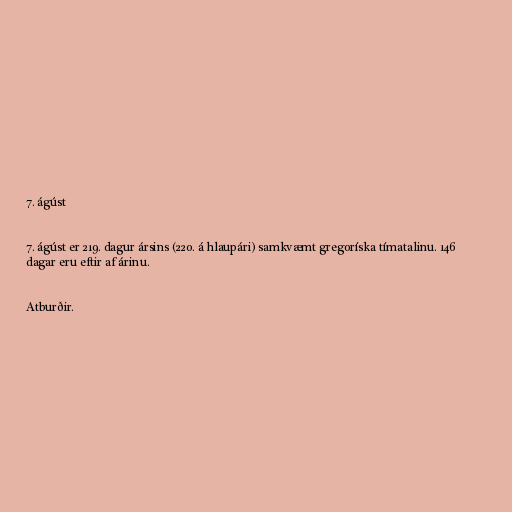
7. ágúst

7. ágúst er 219. dagur ársins (220. á hlaupári) samkvæmt gregoríska tímatalinu. 146
dagar eru eftir af árinu.

Atburðir.